Insane asylums in Bengal annual reports 1867-1875 - 1867-1875
Year: 1867
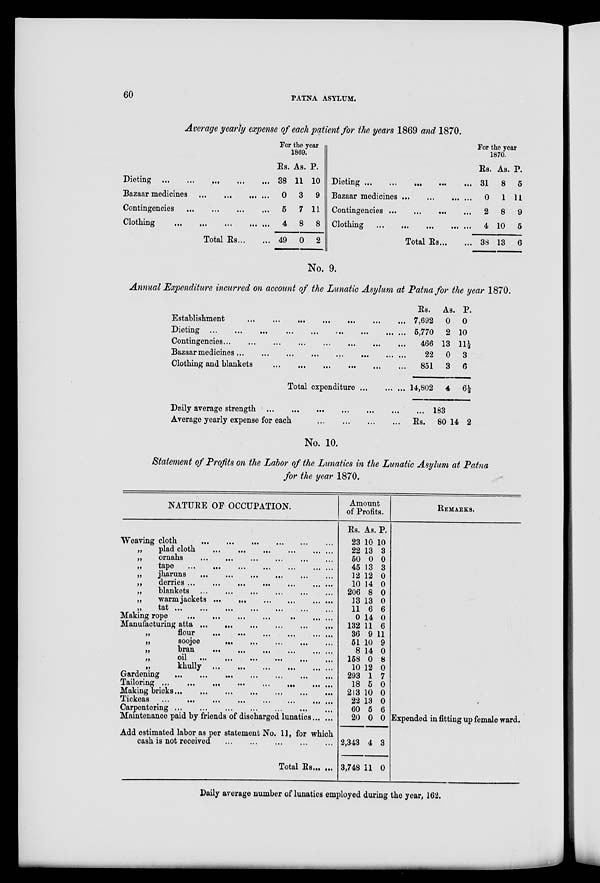
60
PATNA ASYLUM.
Average yearly expense of each patient for the years 1869 and 1870.
Dieting ... ... ... ... ...
Bazaar medicines
...
...
...
Contingencies ... ... ... ...
Clothing
...
...
...
...
...
Total Rs ... ...
For
the year
1869.
Rs.
38
0
5
4
49
As.
11
3
7
8
0
P.
10
9
11
8
2
Dieting ...
...
...
... ...
Bazaar medicines ...
...
...
Contingencies ... ... ... ...
Clothing ... ... ... ... ...
Total Rs ... ...
For the year
1870.
Rs.
31
0
2
4
38
As.
8
1
8
10
13
P.
5
11
9
5
6
No. 9.
Annual Expenditure incurred on account of the Lunatic Asylum at Patna for the year 1870.
Establishment
...
...
...
...
...
...
Dieting
...
...
...
...
...
...
...
Contingencies
...
...
...
...
...
...
Bazaar medicines
...
...
...
...
...
...
Clothing and blankets ... ... ... ... ... ...
Total expenditure
Rs.
7,692
6,770
466
22
851
14,802
As.
0
2
13
0
3
4
P.
0
10
11½
3
6
6½
Daily average strength
...
...
...
...
...
...
...
Average yearly expense for each
...
...
...
...
...183
Rs . 80 14 2
No. 10.
Statement of Profits on the Labor of the Lunatics in the Lunatic Asylum at Patna
for the year 1870.
NATURE OF OCCUPATION.
Weaving cloth
...
...
...
...
...
...
„
plad cloth
...
...
...
...
...
„
ornahs ... ... ... ... ... ...
„
tape
...
...
...
...
... ... ...
„
jharuns ... ... ... ... ... ... ... ...
„
derries ... ...
...
...
...
... ...
„
blankets ... ... ... ... ... ... ... ...
„
warm jackets ... ... ... ... ... ... ...
„
tat ... ... ... ... ... ... ... ... ...
Making rope ... ... ... ... ... ... ... ... ...
Manufacturing atta ... ... ... ... ... ... ... ...
„
flour
...
...
...
... ... ...
„
soojee
... ... ... ... ... ... ... ...
„
bran
...
...
...
... ... ...
„
Oil
...
...
...
...
...
...
„
khully ... ... ... ... ... ... ...
Gardening
...
...
... ... ... ... ... ...
Tailoring ...
...
...
...
...
...
...
...
Making bricks ... ... ... ... ... ... ... ... ...
Tickeas
...
...
...
...
...
...
...
...
Carpentering ... ... ... ... ... ... ... ... ... ...
Maintenance paid by friends of discharged lunatics ... ...
Add estimated labor as per statement No. 11, for which
cash is not received
...
...
...
...
...
Total Rs ... ...
Amount
of Profits.
Rs.
23
22
50
45
12
10
206
13
11
0
132
36
51
8
158
10
293
18
213
22
60
20
2,343
3,748
As.
10
13
0
13
12
14
8
13
6
14
11
9
10
14
0
12
1
5
10
13
5
0
4
11
P.
10
3
0
3
0
0
0
0
6
0
6
11
9
0
8
0
7
0
0
0
6
0
3
0
REMARKS.
Expended in fitting up female ward.
Daily average number of lunatics employed during the year, 162.